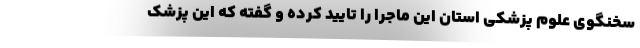
سخنگوی علوم پزشکی استان این ماجرا را تایید کرده و گفته که این پزشک